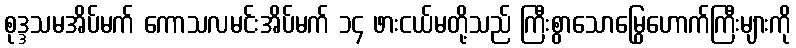
စုဒ္ဒသမအိပ်မက် ကောသလမင်းအိပ်မက် ၁၄ ဖားငယ်မတို့သည် ကြီးစွာသောမြွေဟောက်ကြီးများကို